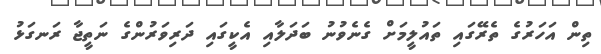
ތިން އަހަރުގެ ތެރޭގައި ތައުލީމަށް ގެނެވުނު ބަދަލާއި އެކީގައި ދަރިވަރުންގެ ނަތީޖާ ރަނގަޅު